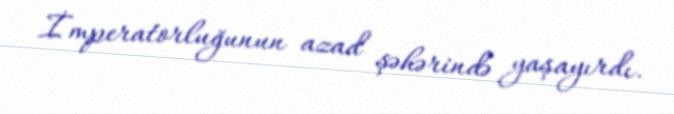
İmperatorluğunun azad şəhərində yaşayırdı.